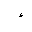
Letter: _hamza